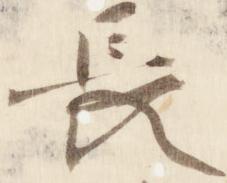
長